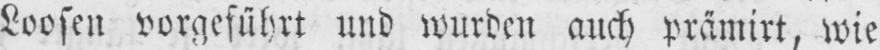
Loosen vorgeführt und wurden auch prämirt, wie